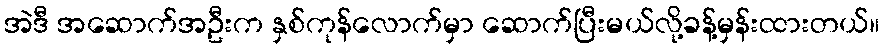
အဲဒီ အဆောက်အဦးက နှစ်ကုန်လောက်မှာ ဆောက်ပြီးမယ်လို့ခန့်မှန်းထားတယ်။